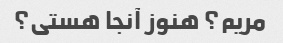
مریم؟ هنوز آنجا هستی؟